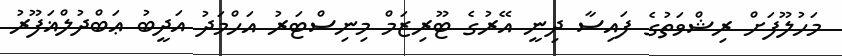
މަހުލޫފަށް ރިޝްވަތުގެ ފައިސާ ދިނީ އޭރުގެ ޓޫރިޒަމް މިނިސްޓަރު އަހްމަދު އަދީބު ޢަބްދުލްޣަފޫރު